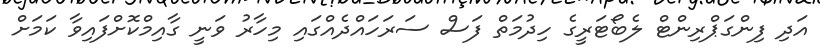
އަދި ފިންގަޕްރިންޓް ލެބޯޓަރީގެ ހިދުމަތް ފަސް ސަރަހައްދެއްގައި މިހާރު ވަނީ ގާއިމްކޮށްފައިވާ ކަމަށް